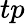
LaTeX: tp